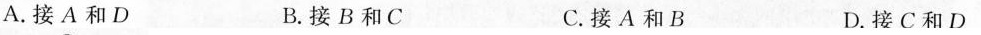
A. 接A和D B. 接B和C C. 接A和B D. 接C和D